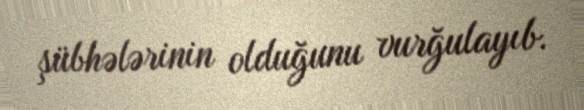
şübhələrinin olduğunu vurğulayıb.